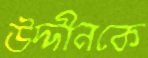
উদ্দীনকে